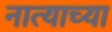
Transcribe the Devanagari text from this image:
नात्याच्या